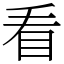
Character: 看